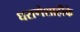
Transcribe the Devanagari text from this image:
घराणेशाहीके